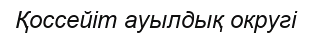
Қоссейіт ауылдық округі